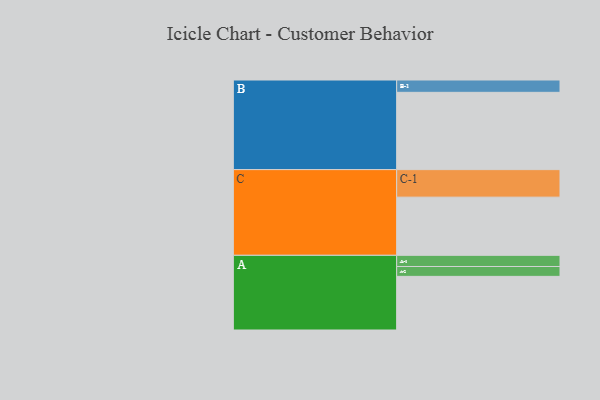
{"axis": {"x": "Segment", "y": "Value"}, "legend": ["", "A", "B", "C"], "data": [{"x": "A", "y": 413, "type": ""}, {"x": "B", "y": 595, "type": ""}, {"x": "C", "y": 448, "type": ""}, {"x": "A-1", "y": 86, "type": "A"}, {"x": "A-2", "y": 76, "type": "A"}, {"x": "B-1", "y": 95, "type": "B"}, {"x": "C-1", "y": 212, "type": "C"}]}